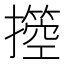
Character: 𢷙